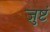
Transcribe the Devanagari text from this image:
जुष्टं